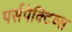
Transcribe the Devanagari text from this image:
पर्सपेक्टिव्स